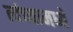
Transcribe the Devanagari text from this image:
त्यंच्यामध्ये